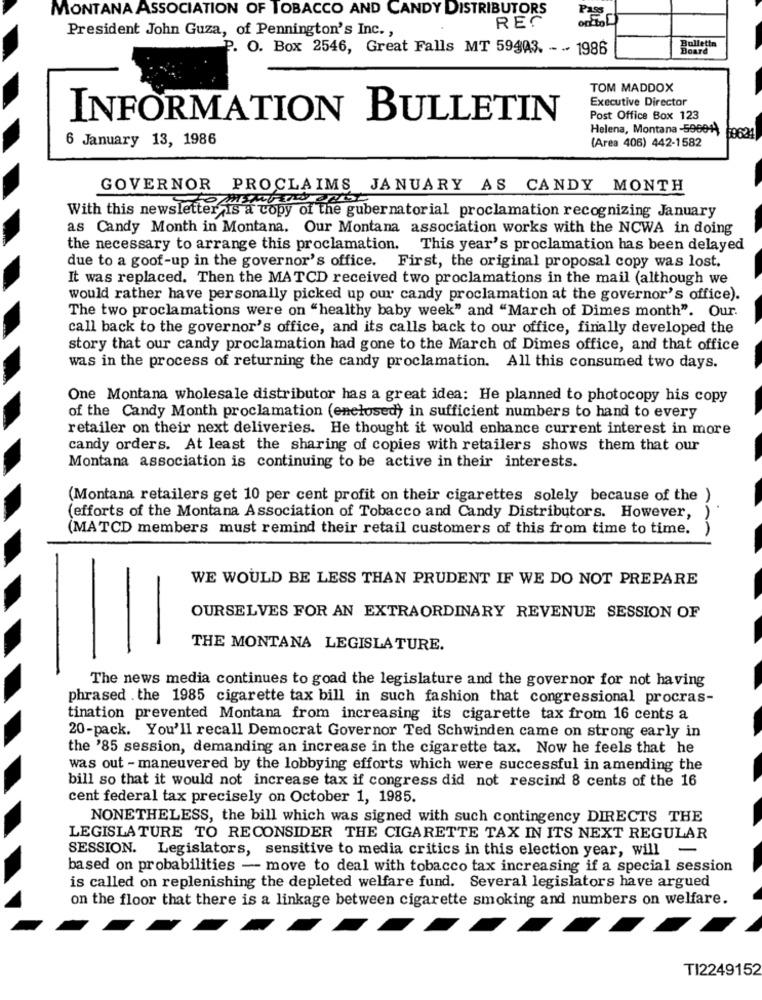
MONTANA ASSOCIATION OF TOBACCO AND CANDY DISTRIBUTORS
REC
Pass
President John Guza, of Pennington's Inc. ,
Bulletin
P. O. Box 2546, Great Falls MT 59943. - - 1986
Board
TOM MADDOX
Executive Director
INFORMATION BULLETIN
Post Office Box 123
6 January 13, 1986
Helena, Montana -59661 69624
(Area 406) 442-1582
GOVERNOR PROCLAIMS JANUARY AS CANDY MONTH
With this newsletter is a copy of the gubernatorial proclamation recognizing January
as Candy Month in Montana. Our Montana association works with the NCWA in doing
the necessary to arrange this proclamation. This year's proclamation has been delayed
due to a goof-up in the governor's office. First, the original proposal copy was lost.
It was replaced. Then the MATCD received two proclamations in the mail (although we
would rather have personally picked up our candy proclamation at the governor's office).
The two proclamations were on "healthy baby week" and "March of Dimes month". Our.
call back to the governor's office, and its calls back to our office, finally developed the
story that our candy proclamation had gone to the March of Dimes office, and that office
was in the process of returning the candy proclamation. All this consumed two days.
One Montana wholesale distributor has a great idea: He planned to photocopy his copy
of the Candy Month proclamation (enclosed) in sufficient numbers to hand to every
retailer on their next deliveries. He thought it would enhance current interest in more
candy orders. At least the sharing of copies with retailers shows them that our
Montana association is continuing to be active in their interests.
(Montana retailers get 10 per cent profit on their cigarettes solely because of the )
(efforts of the Montana Association of Tobacco and Candy Distributors. However,
(MATCD members must remind their retail customers of this from time to time.
WE WOULD BE LESS THAN PRUDENT IF WE DO NOT PREPARE
OURSELVES FOR AN EXTRAORDINARY REVENUE SESSION OF
THE MONTANA LEGISLATURE.
The news media continues to goad the legislature and the governor for not having
phrased . the 1985 cigarette tax bill in such fashion that congressional procras-
tination prevented Montana from increasing its cigarette tax from 16 cents a
20-pack. You'll recall Democrat Governor Ted Schwinden came on strong early in
the '85 session, demanding an increase in the cigarette tax. Now he feels that he
was out - maneuvered by the lobbying efforts which were successful in amending the
bill so that it would not increase tax if congress did not rescind 8 cents of the 16
cent federal tax precisely on October 1, 1985.
NONETHELESS, the bill which was signed with such contingency DIRECTS THE
LEGISLATURE TO RECONSIDER THE CIGARETTE TAX IN ITS NEXT REGULAR
SESSION. Legislators, sensitive to media critics in this election year, will
based on probabilities - move to deal with tobacco tax increasing if a special session
is called on replenishing the depleted welfare fund. Several legislators have argued
on the floor that there is a linkage between cigarette smoking and numbers on welfare.
TI2249152